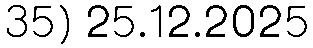
35) 25.12.2025